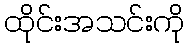
ထိုင်းအသင်းကို